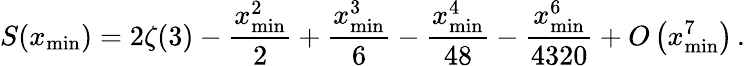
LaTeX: S(x_{\operatorname*{min}})=2\zeta(3)-\frac{x_{\operatorname*{min}}^{2}}{2}+\frac{x_{\operatorname*{min}}^{3}}{6}-\frac{x_{\operatorname*{min}}^{4}}{48}-\frac{x_{\operatorname*{min}}^{6}}{4320}+O\left(x_{\operatorname*{min}}^{7}\right)\, .